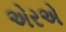
એરએ